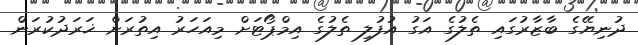
ދުނިޔޭގެ ބާޒާރުގައި ތެލުގެ އަގު އުފުލި ތެލުގެ އިމްޕޯޓަށް މިއަހަރު އިތުރަށް ޚަރަދުކުރަން